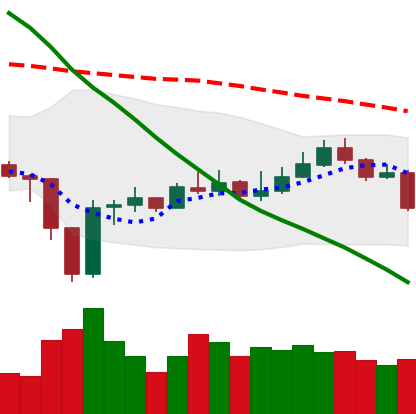
Ticker: EOS-USD
Chart end date: 2020-01-02
Forward return: 15.882%
Label: up_7plus